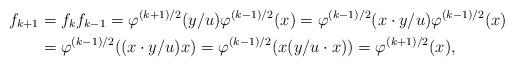
LaTeX: \begin{align*} f_{k+1} &= f_kf_{k-1} = \varphi^{(k+1)/2}(y/u)\varphi^{(k-1)/2}(x) = \varphi^{(k-1)/2}(x\cdot y/u)\varphi^{(k-1)/2}(x)\\ &= \varphi^{(k-1)/2}((x\cdot y/u)x) = \varphi^{(k-1)/2}(x(y/u\cdot x)) = \varphi^{(k+1)/2}(x),\end{align*}